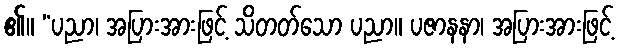
၏။ “ပညာ၊ အပြားအားဖြင့် သိတတ်သော ပညာ။ ပဇာနနာ၊ အပြားအားဖြင့်